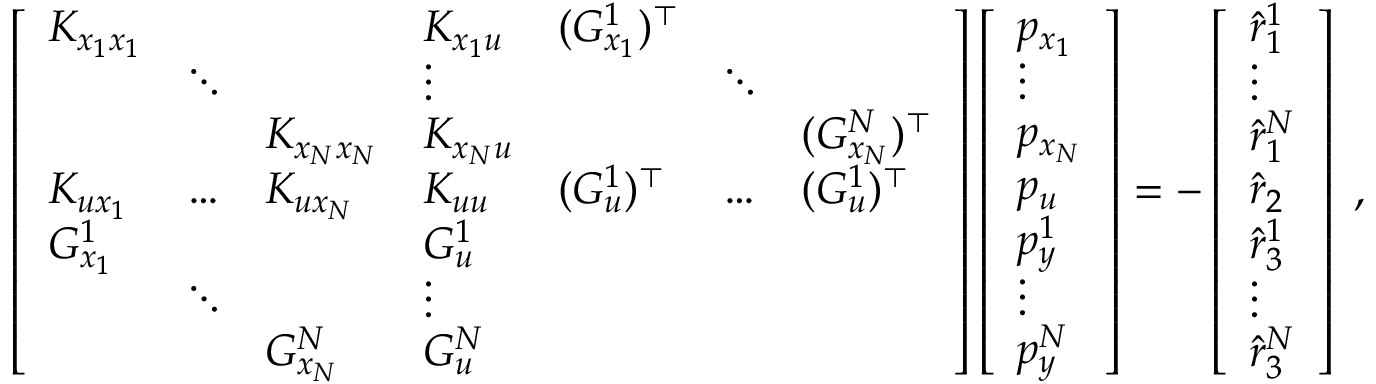
\left[ \begin{array} { l l l l l l l } { K _ { x _ { 1 } x _ { 1 } } } & & & { K _ { x _ { 1 } u } } & { ( G _ { x _ { 1 } } ^ { 1 } ) ^ { \top } } & & \\ & { \ddots } & & { \vdots } & & { \ddots } & \\ & & { K _ { x _ { N } x _ { N } } } & { K _ { x _ { N } u } } & & & { ( G _ { x _ { N } } ^ { N } ) ^ { \top } } \\ { K _ { u x _ { 1 } } } & { \hdots } & { K _ { u x _ { N } } } & { K _ { u u } } & { ( G _ { u } ^ { 1 } ) ^ { \top } } & { \hdots } & { ( G _ { u } ^ { 1 } ) ^ { \top } } \\ { G _ { x _ { 1 } } ^ { 1 } } & & & { G _ { u } ^ { 1 } } & & & \\ & { \ddots } & & { \vdots } & & & \\ & & { G _ { x _ { N } } ^ { N } } & { G _ { u } ^ { N } } & & & \end{array} \right] \left[ \begin{array} { l } { p _ { x _ { 1 } } } \\ { \vdots } \\ { p _ { x _ { N } } } \\ { p _ { u } } \\ { p _ { y } ^ { 1 } } \\ { \vdots } \\ { p _ { y } ^ { N } } \end{array} \right] = - \left[ \begin{array} { l } { \hat { r } _ { 1 } ^ { 1 } } \\ { \vdots } \\ { \hat { r } _ { 1 } ^ { N } } \\ { \hat { r } _ { 2 } } \\ { \hat { r } _ { 3 } ^ { 1 } } \\ { \vdots } \\ { \hat { r } _ { 3 } ^ { N } } \end{array} \right] \; ,